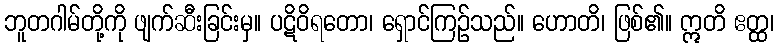
ဘူတဂါမ်တို့ကို ဖျက်ဆီးခြင်းမှ။ ပဋိဝိရတော၊ ရှောင်ကြဉ်သည်။ ဟောတိ၊ ဖြစ်၏။ ဣတိ ဧတ္ထ၊